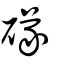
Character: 䃍